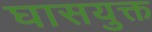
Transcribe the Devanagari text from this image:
घासयुक्त